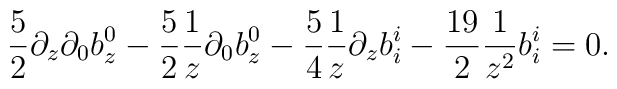
{5\over 2}\partial_z\partial_0 b^0_z -{5\over 2}{1\over z}\partial_0 b^0_z-{5\over 4}{1\over z}\partial_z b^i_i -{19\over 2}{1\over z^2}b^i_i =0 .